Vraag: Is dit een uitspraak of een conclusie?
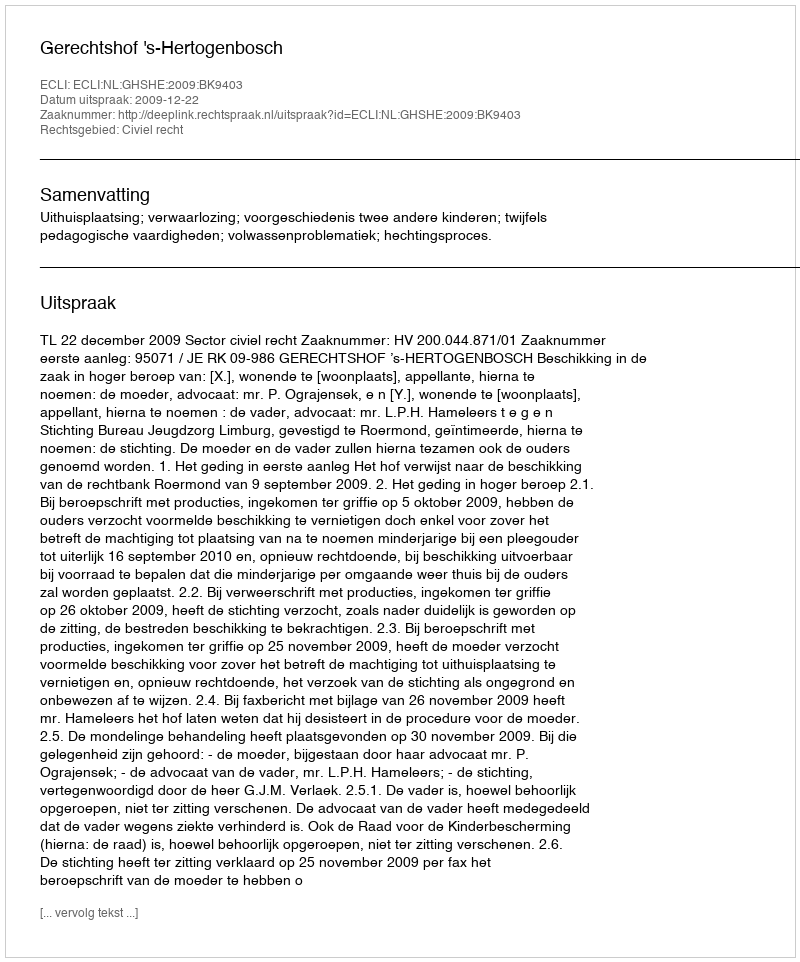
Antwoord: Uitspraak